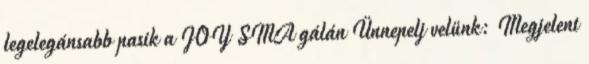
legelegánsabb pasik a JOY SMA gálán Ünnepelj velünk: Megjelent